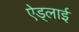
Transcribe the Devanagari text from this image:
ऐड्लाई